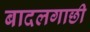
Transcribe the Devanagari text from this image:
बादलगाछी